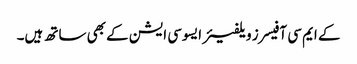
کے ایم سی آفیسرز ویلفیئر ایسوسی ایشن کے بھی ساتھ ہیں۔